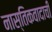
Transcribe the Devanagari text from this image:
नास्तिकवादाची